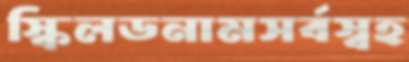
স্কিলডনামসর্বস্বহ